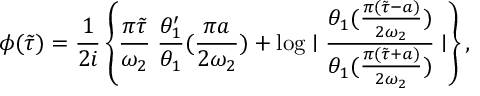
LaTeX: \phi ( \tilde { \tau } ) = \frac { 1 } { 2 i } \left\{ \frac { \pi \tilde { \tau } } { \omega _ { 2 } } \; \frac { \theta _ { 1 } ^ { \prime } } { \theta _ { 1 } } ( \frac { \pi a } { 2 \omega _ { 2 } } ) + \log \mid \frac { \theta _ { 1 } ( \frac { \pi ( \tilde { \tau } - a ) } { 2 \omega _ { 2 } } ) } { \theta _ { 1 } ( \frac { \pi ( \tilde { \tau } + a ) } { 2 \omega _ { 2 } } ) } \mid \right\} ,